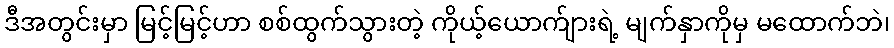
ဒီအတွင်းမှာ မြင့်မြင့်ဟာ စစ်ထွက်သွားတဲ့ ကိုယ့်ယောက်ျားရဲ့ မျက်နှာကိုမှ မထောက်ဘဲ၊